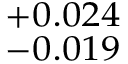
_ { - 0 . 0 1 9 } ^ { + 0 . 0 2 4 }